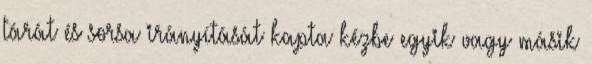
tárát és sorsa irányítását kapta kézbe egyik vagy másik